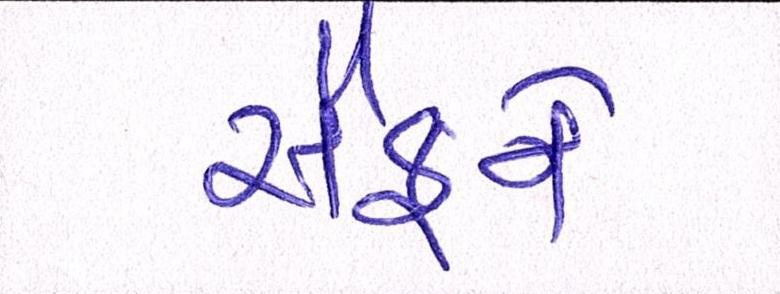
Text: સૈફને